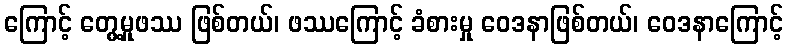
ကြောင့် တွေ့မှုဖဿ ဖြစ်တယ်၊ ဖဿကြောင့် ခံစားမှု ဝေဒနာဖြစ်တယ်၊ ဝေဒနာကြောင့်